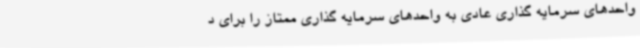
واحدهای سرمایه گذاری عادی به واحدهای سرمایه گذاری ممتاز را برای د